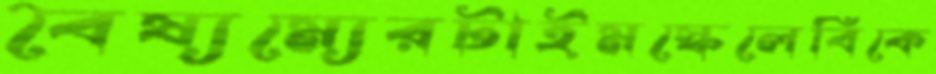
বৈষ্যম্যেরটাইমস্কেলেবিকে